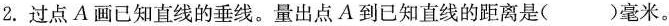
2. 过点A画已知直线的垂线。量出点A到已知直线的距离是( )毫米。